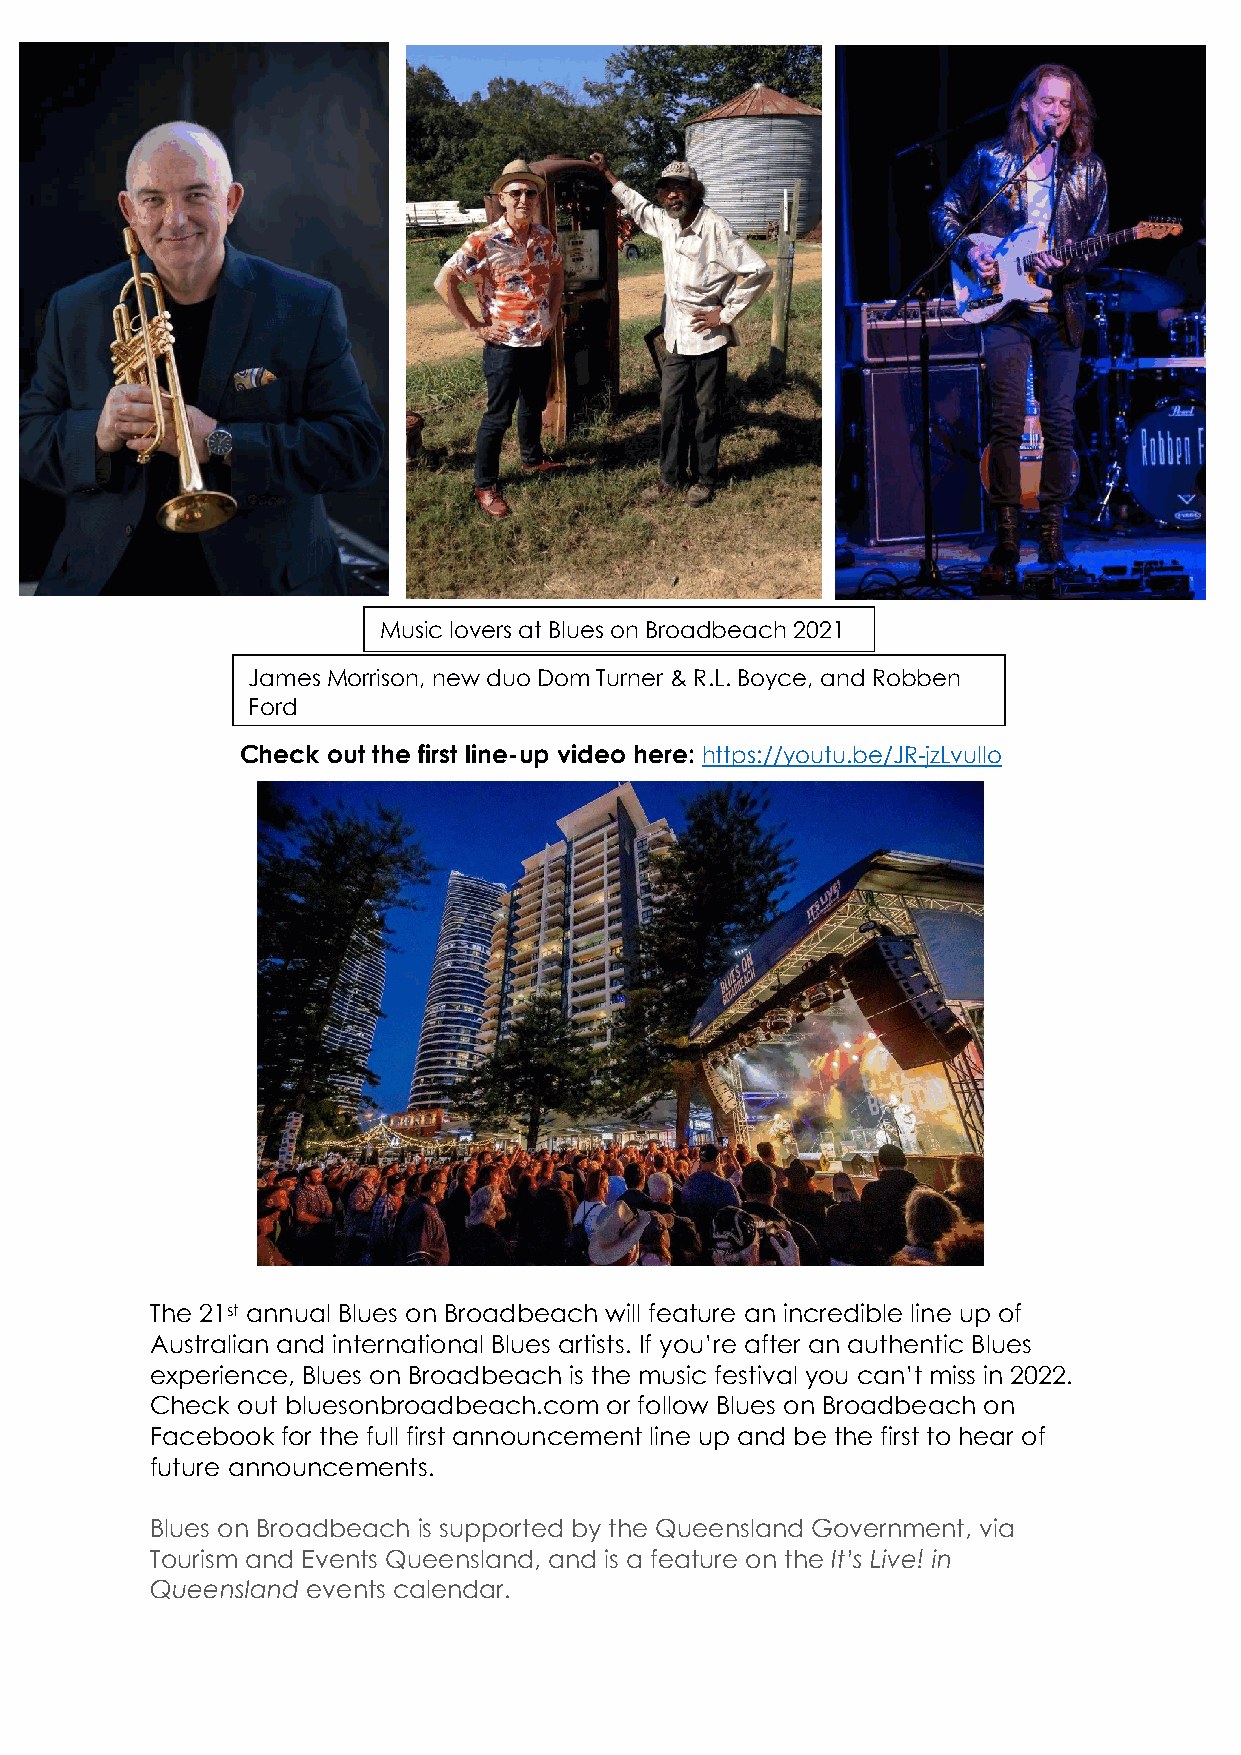
Music lovers at Blues on Broadbeach 2021
 James Morrison, new duo Dom Turner & R.L. Boyce, and Robben
 Ford
 Check out the first line-up video here: https://youtu.be/JR-jzLvuIlo
 The 21st annual Blues on Broadbeach will feature an incredible line up of
 Australian and international Blues artists. If you’re after an authentic Blues
 experience, Blues on Broadbeach is the music festival you can’t miss in 2022.
 Check out bluesonbroadbeach.com or follow Blues on Broadbeach on
 Facebook for the full first announcement line up and be the first to hear of
 future announcements.
 Blues on Broadbeach is supported by the Queensland Government, via
 Tourism and Events Queensland, and is a feature on the It’s Live! in
 Queensland events calendar.